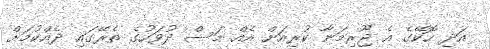
އަދި ހޮކޭގެ އެ ޖޫރިމަނާ ކުރިއަށް އެއް މަސް ދުވަހުގެ ތެރޭގައި ދެއްކުމަށް